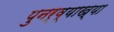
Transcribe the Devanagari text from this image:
पुनर्व्‍याख्‍या